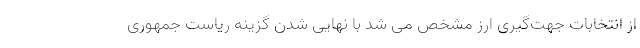
از انتخابات جهت‌گیری ارز مشخص می شد با نهایی شدن گزینه ریاست جمهوری